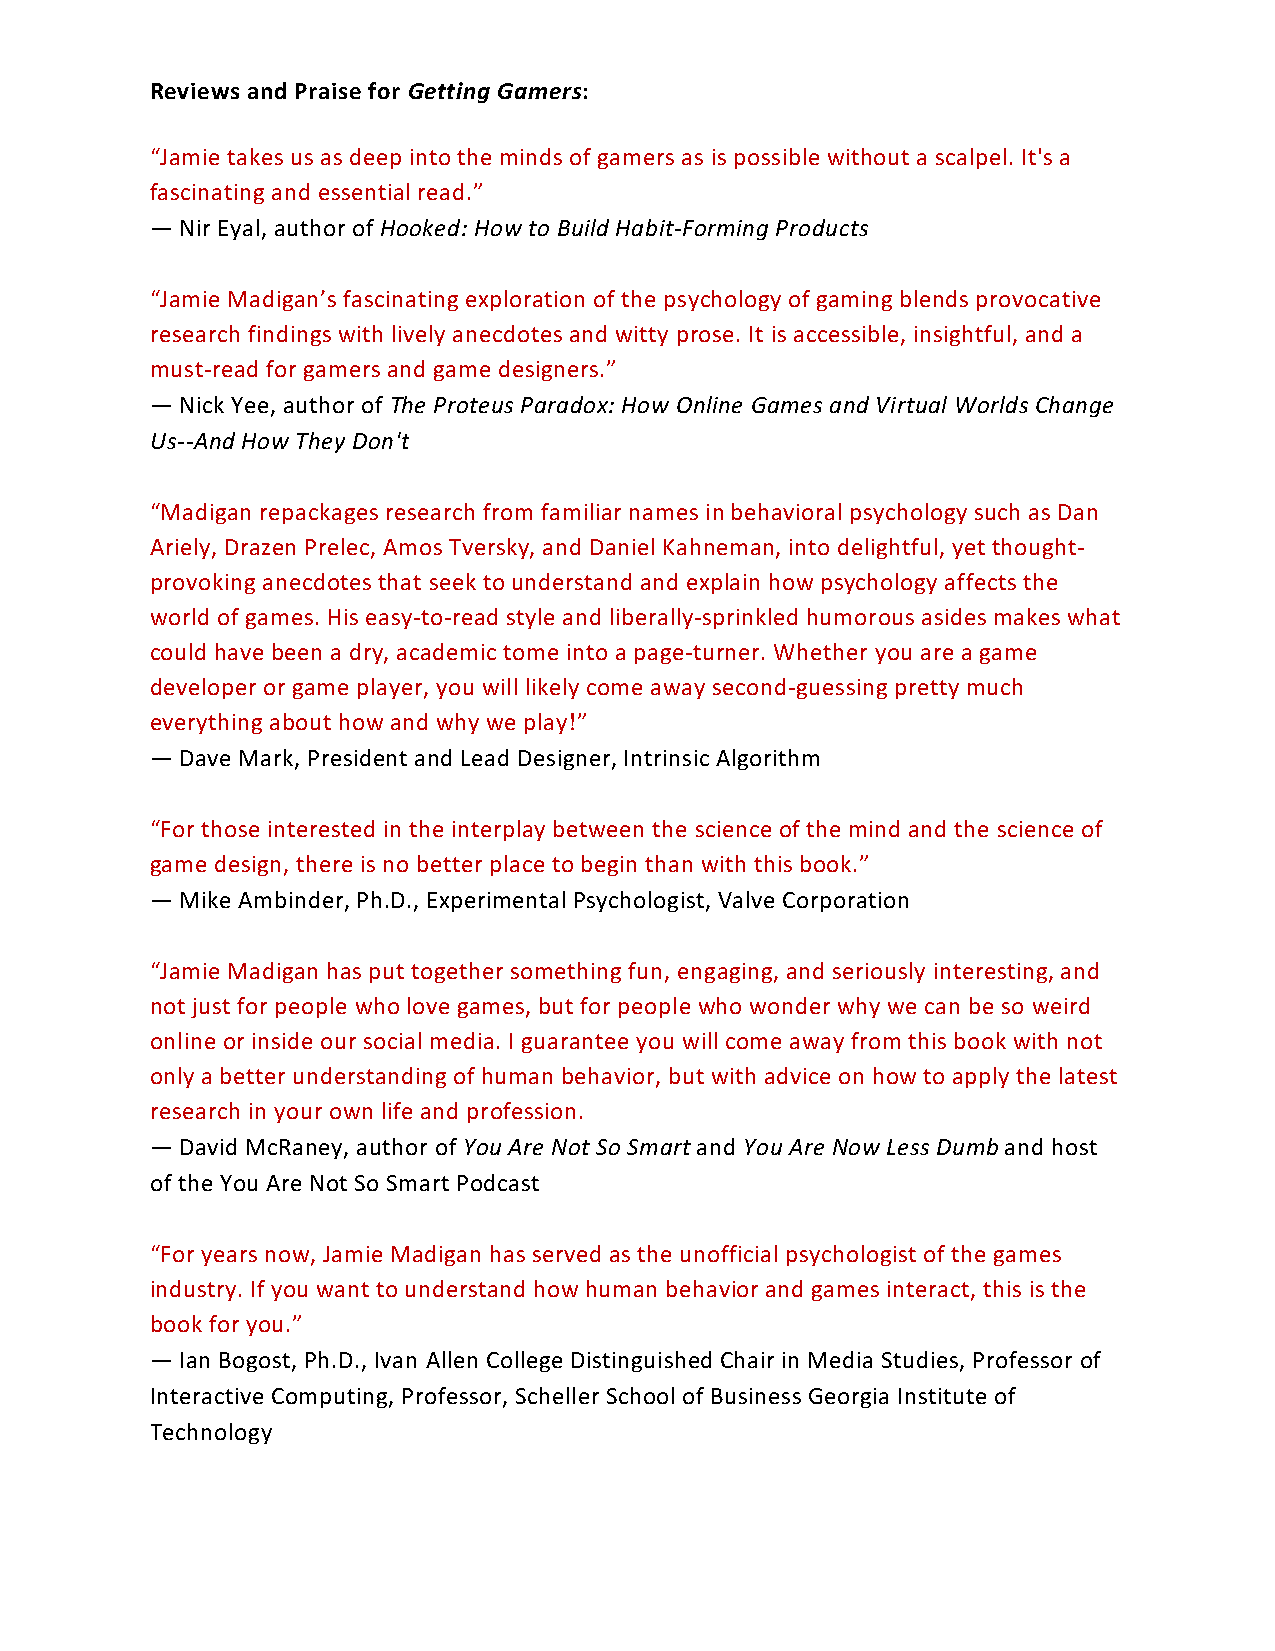
Reviews and Praise for Getting Gamers:
 “Jamie takes us as deep into the minds of gamers as is possible without a scalpel. It's a
 fascinating and essential read.”
 — Nir Eyal, author of Hooked: How to Build Habit-Forming Products
 “Jamie Madigan’s fascinating exploration of the psychology of gaming blends provocative
 research findings with lively anecdotes and witty prose. It is accessible, insightful, and a
 must-read for gamers and game designers.”
 — Nick Yee, author of The Proteus Paradox: How Online Games and Virtual Worlds Change
 Us--And How They Don't
 “Madigan repackages research from familiar names in behavioral psychology such as Dan
 Ariely, Drazen Prelec, Amos Tversky, and Daniel Kahneman, into delightful, yet thought-
 provoking anecdotes that seek to understand and explain how psychology affects the
 world of games. His easy-to-read style and liberally-sprinkled humorous asides makes what
 could have been a dry, academic tome into a page-turner. Whether you are a game
 developer or game player, you will likely come away second-guessing pretty much
 everything about how and why we play!”
 — Dave Mark, President and Lead Designer, Intrinsic Algorithm
 “For those interested in the interplay between the science of the mind and the science of
 game design, there is no better place to begin than with this book.”
 — Mike Ambinder, Ph.D., Experimental Psychologist, Valve Corporation
 “Jamie Madigan has put together something fun, engaging, and seriously interesting, and
 not just for people who love games, but for people who wonder why we can be so weird
 online or inside our social media. I guarantee you will come away from this book with not
 only a better understanding of human behavior, but with advice on how to apply the latest
 research in your own life and profession.
 — David McRaney, author of You Are Not So Smart and You Are Now Less Dumb and host
 of the You Are Not So Smart Podcast
 “For years now, Jamie Madigan has served as the unofficial psychologist of the games
 industry. If you want to understand how human behavior and games interact, this is the
 book for you.”
 — Ian Bogost, Ph.D., Ivan Allen College Distinguished Chair in Media Studies, Professor of
 Interactive Computing, Professor, Scheller School of Business Georgia Institute of
 Technology